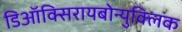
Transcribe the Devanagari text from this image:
डिऑक्सिरायबोन्युक्लिक